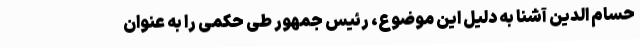
حسام الدین آشنا به دلیل این موضوع، رئیس جمهور طی حکمی را به عنوان